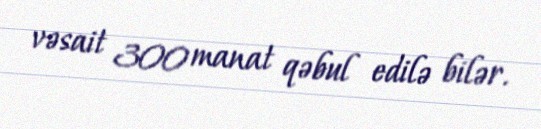
vəsait 300 manat qəbul edilə bilər.